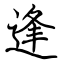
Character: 逢